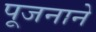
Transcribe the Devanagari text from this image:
पूजनाने